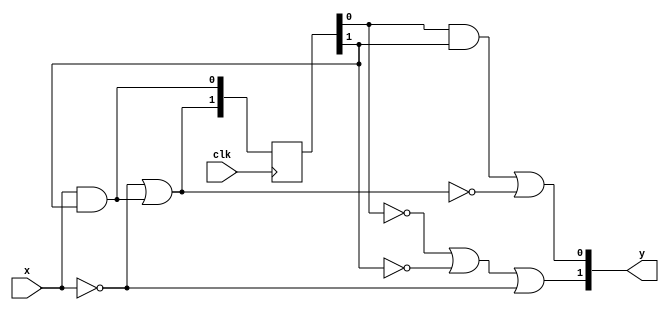
`timescale 1ns / 1ns

module mealy(y,x,clk);

input x,clk;
output reg [1:0] y;
reg [1:0] n;
reg [1:0] d;
initial d = 0;


always @(x,n) begin
	y[1] <= (~n[0])|(~n[1])|(~x);
	y[0] <= (n[0]&n[1])|~((~x)|(x&n[1]));
	d[1] <= (~x)|(x&n[1]);
	d[0] <= x&n[1];
end

always @(posedge clk) begin
	n = d;
end

endmodule